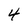
Character: 4